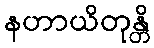
နဟာယိတုန္တိ